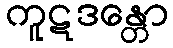
ကူဋဒန္တော